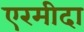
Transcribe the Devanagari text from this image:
एरमीदा